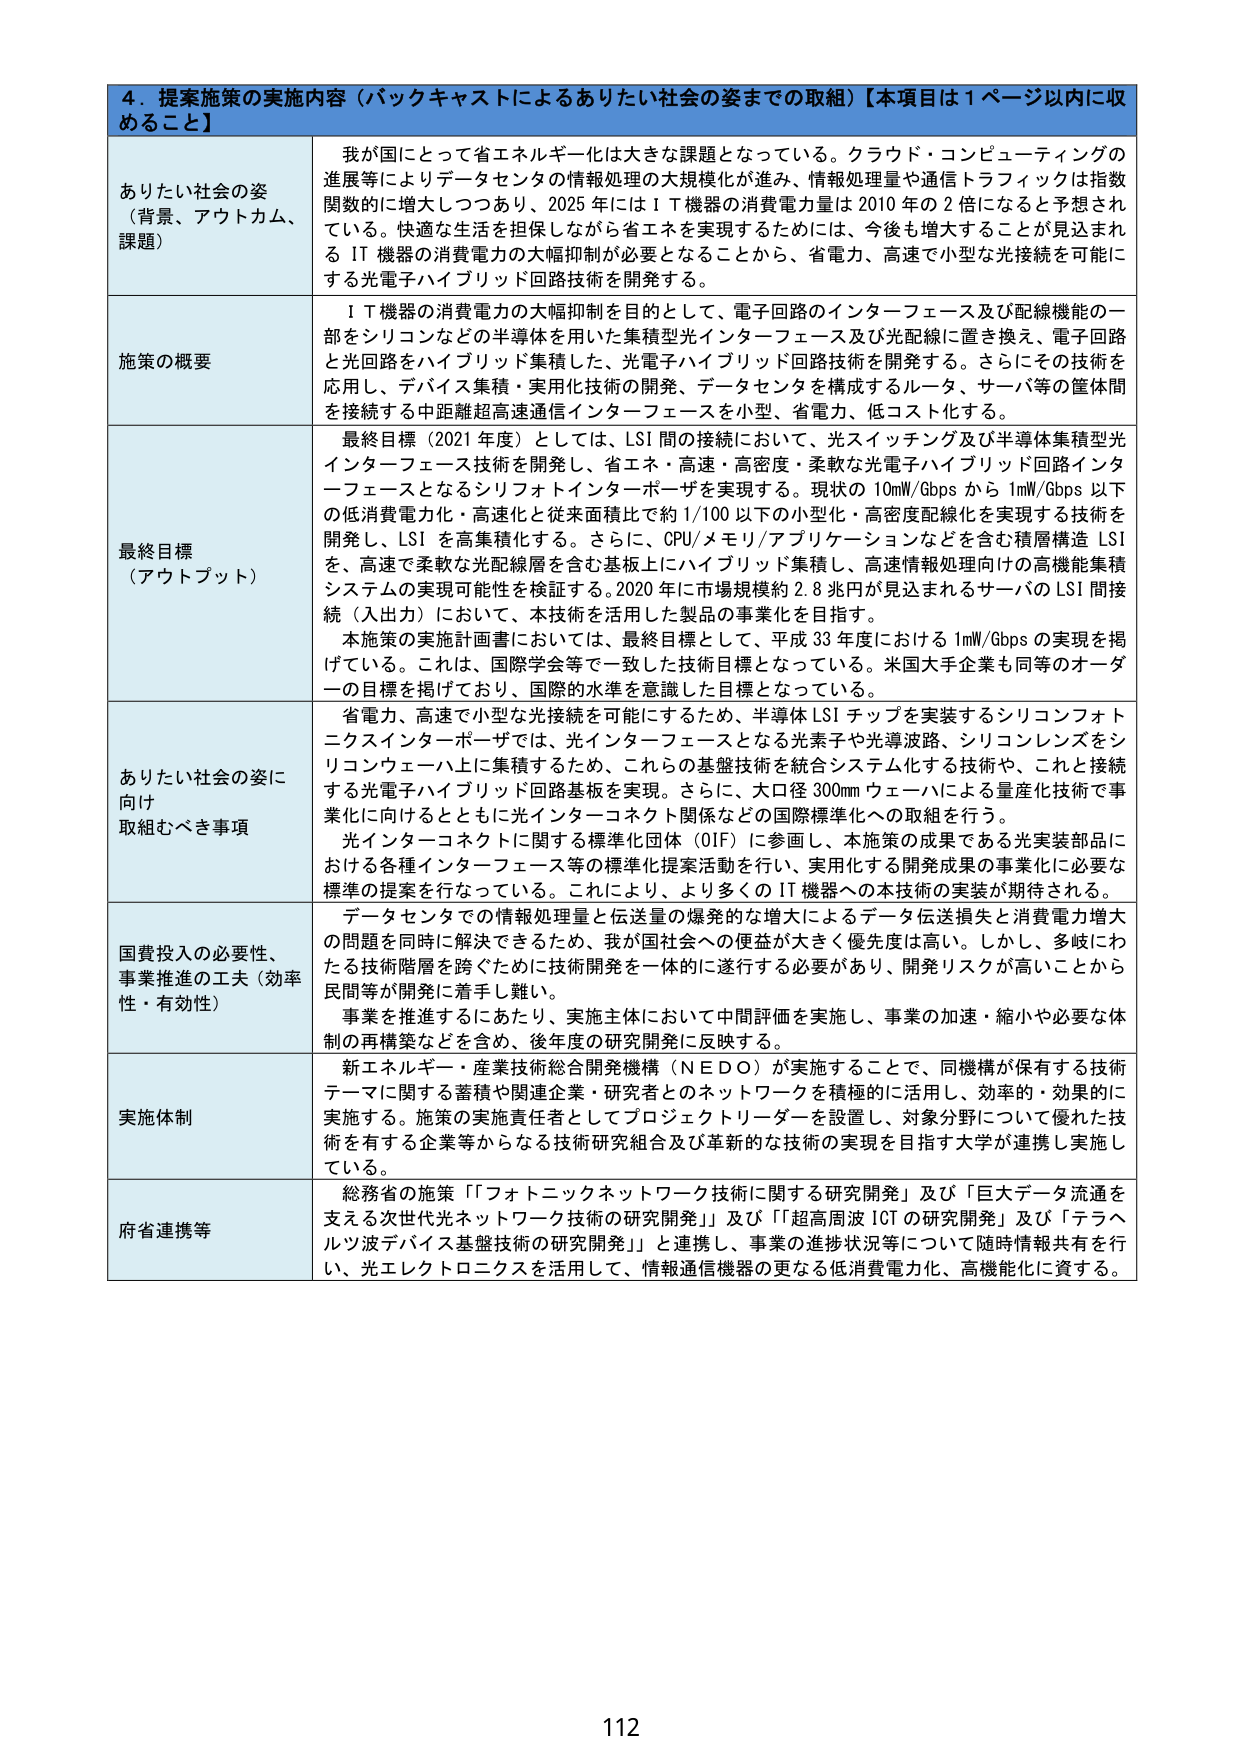
4. 提案施策の実施内容（バックキャストによるありたい社会の姿までの取組）【本項目は1ページ以内に収めるこ と】

ありたい社会の姿 （背景、アウトカム、 課題）
我が国にとって省エネルギー化は大きな課題となっている。クラウド・コンピューティングの進展等によりデータセンタの情報処理の大規模化が進み、情報処理量や通信トラフィックは指数関数的に増大しつつあり、2025年にはＩＴ機器の消費電力量は2010年の2倍になると予想されている。快適な生活を担保しながら省エネを実現するためには、今後も増大することが見込まれるＩＴ機器の消費電力の大幅抑制が必要となることから、省電力、高速で小型な光接続を可能にする光電子ハイブリッド回路技術を開発する。

施策の概要
ＩＴ機器の消費電力の大幅抑制を目的として、電子回路のインターフェース及び配線機能の一部をシリコンなどの半導体を用いた集積型光インターフェース及び光配線に置き換え、電子回路と光回路をハイブリッド集積した、光電子ハイブリッド回路技術を開発する。さらにその技術を応用し、デバイス集積・実用化技術の開発、データセンタを構成するルータ、サーバ等の筐体間を接続する中距離超高速通信インターフェースを小型、省電力、低コスト化する。

最終目標 （アウトプット）
最終目標（2021年度）としては、LSI間の接続において、光スイッチング及び半導体集積型光インターフェース技術を開発し、省エネ・高速・高密度・柔軟な光電子ハイブリッド回路インターフェースとなるシリフォトインターポーザを実現する。現状の10mW/Gbpsから1mW/Gbps以下の低消費電力化・高速化と従来面積比で約1/100以下の小型化・高密度配線化を実現する技術を開発し、LSIを高集積化する。さらに、CPU/メモリ/アプリケーションなどを含む積層構造LSIを、高速で柔軟な光配線層を含む基板上にハイブリッド集積し、高速情報処理向けの高機能集積システムの実現可能性を検証する。2020年に市場規模約2.8兆円が見込まれるサーバのLSI間接続（入出力）において、本技術を活用した製品の事業化を目指す。
本施策の実施計画書においては、最終目標として、平成33年度における1mW/Gbpsの実現を掲げている。これは、国際学会等で一致した技術目標となっている。米国大手企業も同等のオーダーの目標を掲げており、国際的水準を意識した目標となっている。

ありたい社会の姿に向け 取組むべき事項
省電力、高速で小型な光接続を可能にするため、半導体LSIチップを実装するシリコンフォトニクスインターポーザでは、光インターフェースとなる光素子や光導波路、シリコンレンズをシリコンウェーハ上に集積するため、これらの基盤技術を統合システム化する技術や、これと接続する光電子ハイブリッド回路基板を実現。さらに、大口径300mmウェーハによる量産化技術を事業化に向けるとともに光インターネット関係などの国際標準化への取組を行う。
光インターネットに関する標準化団体（OIF）に参画し、本施策の成果である光実装部品における各種インターフェース等の標準化提案活動を行い、実用化する開発成果の事業化に必要な標準の提案を行なっている。これにより、より多くのIT機器への本技術の実装が期待される。

国費投入の必要性、 事業推進の工夫（効率性・有効性）
データセンタでの情報処理量と伝送量の爆発的な増大によるデータ伝送損失と消費電力増大の問題を同時に解決できるため、我が国社会への便益が大きく優先度は高い。しかし、多岐にわたる技術階層を跨ぐために技術開発を一体的に遂行する必要があり、開発リスクが高いことから民間等が開発に着手し難い。
事業を推進するにあたり、実施主体において中間評価を実施し、事業の加速・縮小や必要な体制の再構築などを含め、後年度の研究開発に反映する。

実施体制
新エネルギー・産業技術総合開発機構（NEDO）が実施することで、同機構が保有する技術テーマに関する蓄積や関連企業・研究者とのネットワークを積極的に活用し、効率的・効果的に実施する。施策の実施責任者としてプロジェクトリーダーを設置し、対象分野について優れた技術を有する企業等からなる技術研究組合及び革新的な技術の実現を目指す大学が連携し実施している。

府省連携等
総務省の施策「フォトニックネットワーク技術に関する研究開発」及び「巨大データ流通を支える次世代光ネットワーク技術の研究開発」及び「超高周波ICTの研究開発」及び「テラヘルツ波デバイス基盤技術の研究開発」と連携し、事業の進捗状況等について随時情報共有を行い、光エレクトロニクスを活用して、情報通信機器の更なる低消費電力化、高機能化に資する。

112